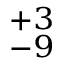
^ { + 3 } _ { - 9 }